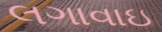
લગાવાઇ